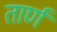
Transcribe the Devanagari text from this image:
तार्णं